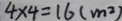
4 \times 4 = 1 6 ( m ^ { 2 } )